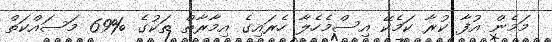
މަމެން އުފާ ކުރާ ކަމެކޭ އިސްމެހެލާ ހެރައިގެ އިމާރާތް ތަކުގެ %69 މަސައްކަތް